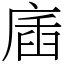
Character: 㢎